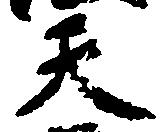
天